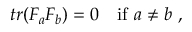
t r ( F _ { a } F _ { b } ) = 0 \ \ \ \mathrm { i f } \ a \not = b \ ,